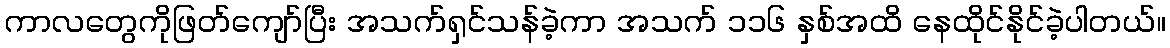
ကာလတွေကိုဖြတ်ကျော်ပြီး အသက်ရှင်သန်ခဲ့ကာ အသက် ၁၁၆ နှစ်အထိ နေထိုင်နိုင်ခဲ့ပါတယ်။